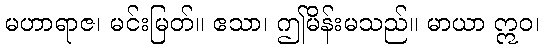
မဟာရာဇ၊ မင်းမြတ်။ ဧသာ၊ ဤမိန်းမသည်။ မာယာ ဣဝ၊